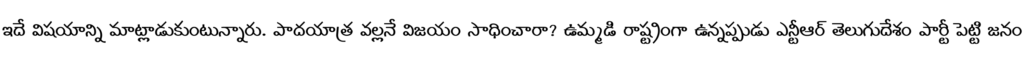
ఇదే విషయాన్ని మాట్లాడుకుంటున్నారు. పాదయాత్ర వల్లనే విజయం సాధించారా? ఉమ్మడి రాష్ట్రంగా ఉన్నప్పుడు ఎన్టీఆర్ తెలుగుదేశం పార్టీ పెట్టి జనం